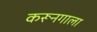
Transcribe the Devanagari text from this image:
करूनगाला